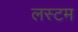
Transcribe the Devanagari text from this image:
लस्टम